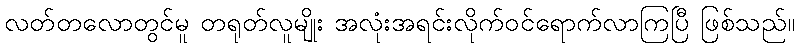
လတ်တလောတွင်မူ တရုတ်လူမျိုး အလုံးအရင်းလိုက်ဝင်ရောက်လာကြပြီ ဖြစ်သည်။